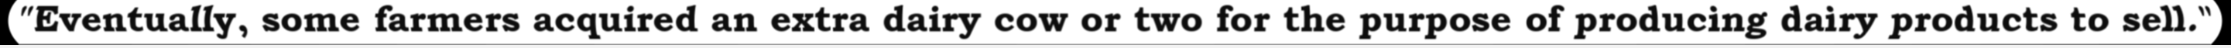
"Eventually, some farmers acquired an extra dairy cow or two for the purpose of producing dairy products to sell."